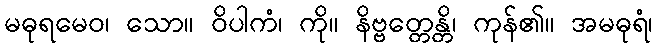
မဓုရမေဝ၊ သော။ ဝိပါကံ၊ ကို။ နိဗ္ဗတ္တေန္တိ၊ ကုန်၏။ အမဓုရံ၊